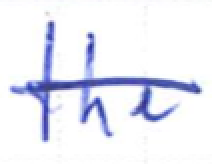
Text: the
Cross-out: single-line
Writing tool: ballpoint